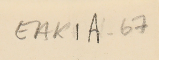
EAK1A-67